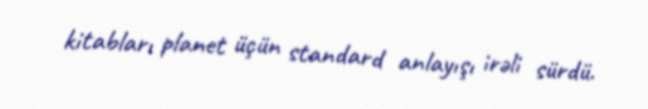
kitabları planet üçün standard anlayışı irəli sürdü.